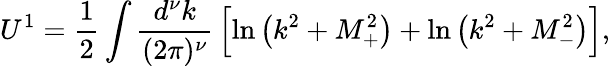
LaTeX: U^{1}=\frac{1}{2}\int\frac{d^{\nu}k}{(2\pi)^{\nu}}\, \Bigl[\ln\left(k^{2}+M_{+}^{2}\right)+\ln\left(k^{2}+M_{-}^{2}\right)\Bigr],